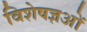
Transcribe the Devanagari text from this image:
विशेषज्ञओं